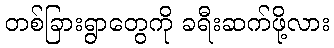
တစ်ခြားရွာတွေကို ခရီးဆက်ဖို့လား